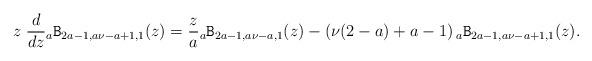
LaTeX: \begin{align*} z\;\frac{d}{dz}{}_{a}\mathtt{B}_{2a-1, a \nu-a+1,1}(z) =\frac{z}{a}{}_{a}\mathtt{B}_{2a-1, a \nu-a,1}(z) -\left(\nu(2-a)+a-1\right) {}_{a}\mathtt{B}_{2a-1, a \nu-a+1,1}(z).\end{align*}